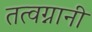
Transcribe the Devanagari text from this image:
तत्वग्नानी